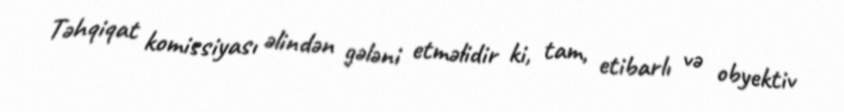
Təhqiqat komissiyası əlindən gələni etməlidir ki, tam, etibarlı və obyektiv